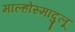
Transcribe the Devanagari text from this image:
माल्होस्मादुलू